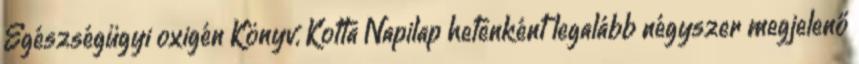
Egészségügyi oxigén Könyv, Kotta Napilap hetenként legalább négyszer megjelenő